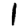
Digit: 1